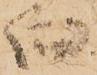
向